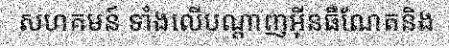
សហគមន៍ ទាំងលើបណ្តាញអ៊ីនធឺណែតនិង